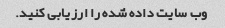
وب سایت داده شده را ارزیابی کنید.